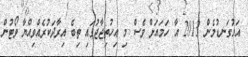
އަޅުގަނޑުމެން 2013 އާ ހަމައަށް ވެސް މި އިހުތިޖާޖުގައި ތިބެ އިރާދަކުރެއްވިއްޔާ ވޯޓުން